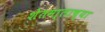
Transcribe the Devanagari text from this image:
शेतमा्लाच्या